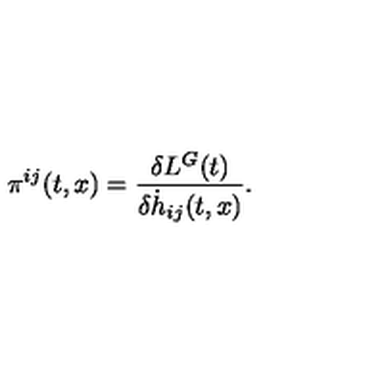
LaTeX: { } { \pi } ^ { i j } ( t , x ) = \frac { \delta L ^ { G } ( t ) } { \delta { \dot { h } } _ { i j } ( t , x ) } .